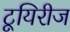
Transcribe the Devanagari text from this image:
टूयिरीज